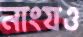
নাংযও